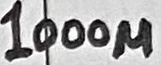
Text: 1000µ